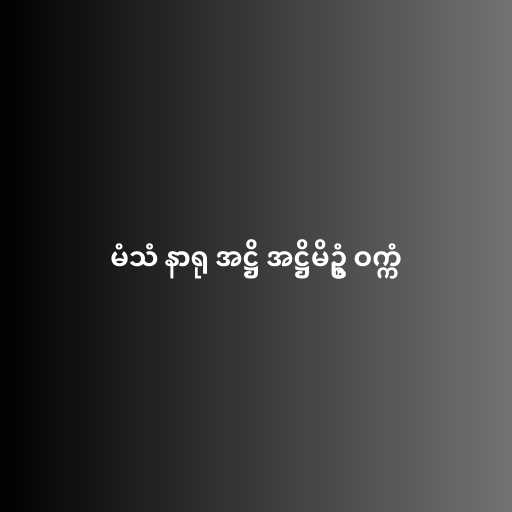
မံသံ နာရု အဋ္ဌိ အဋ္ဌိမိဥ္စံ ဝက္ကံ